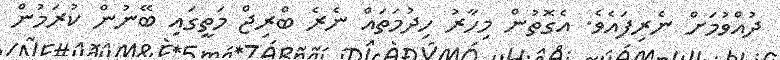
ދުއްވުމަށް ނެރިފައެވެ. އެގޮތުން މިހާރު ހިދުމަތައް ނެރެ ބްރިޖް މަތީގައި ބޭނުން ކުރަމުން